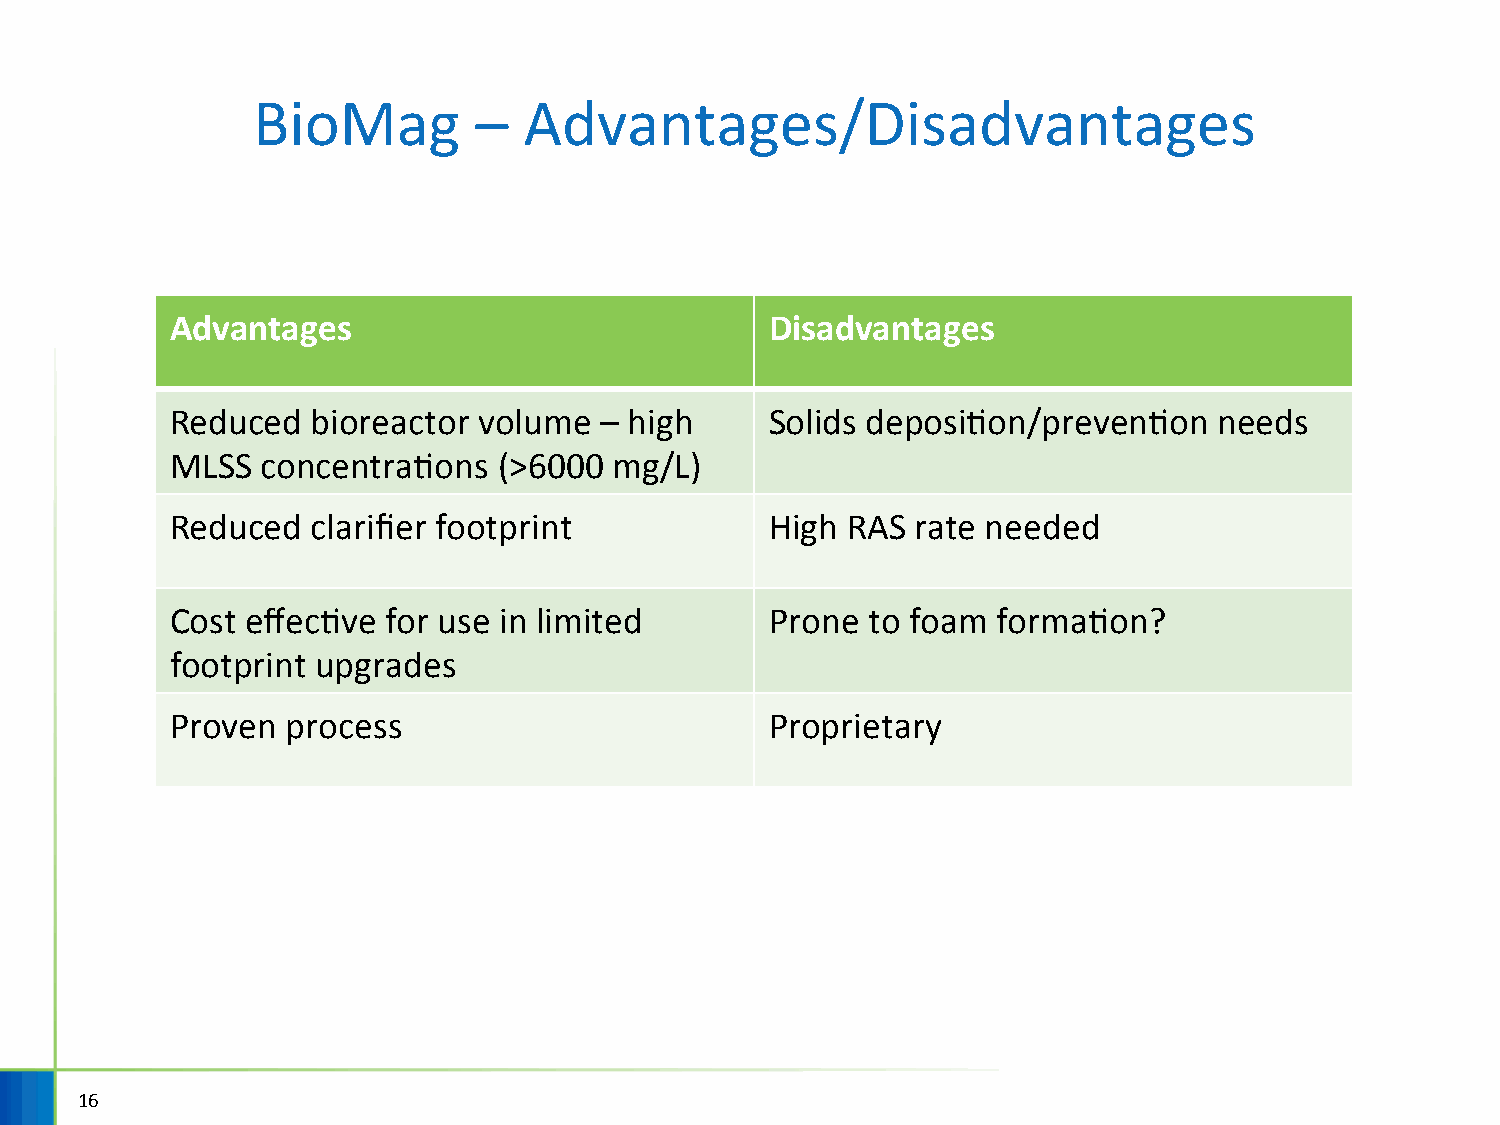
BioMag        –   Advantages/Disadvantages
 Advantages                              Disadvantages
 Reduced   bioreactor volume  – high     Solids deposiHon/prevenHon    needs
 MLSS  concentraHons   (>6000  mg/L)
 Reduced   clarifier footprint           High RAS  rate needed
 Cost effecHve  for use in limited       Prone to foam  formaHon?
 footprint upgrades
 Proven  process                         Proprietary
 16